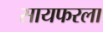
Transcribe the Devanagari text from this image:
सायफरला